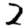
Digit: 2